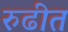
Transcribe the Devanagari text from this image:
रुढीत